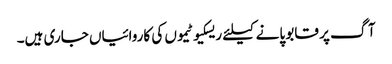
آگ پر قابو پانے کیلئے ریسکیو ٹیموں کی کاروائیاں جاری ہیں۔